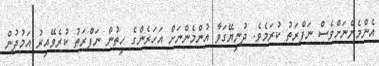
އެންމެންނަށްވެސް ނަފްރަތު ކުރަމެވެ. ދުނިޔޭގަވާ އުންމެންނަށް އަހަރެންގެ ހިތުން ނަފްރަތު ކުރެވޭއިރު އަމުދުން